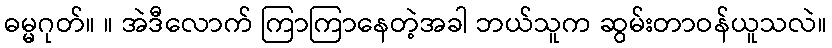
ဓမ္မဂုတ်။ ။ အဲဒီလောက် ကြာကြာနေတဲ့အခါ ဘယ်သူက ဆွမ်းတာဝန်ယူသလဲ။